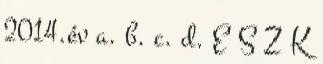
2014.év a. b. c. d. E S Z K